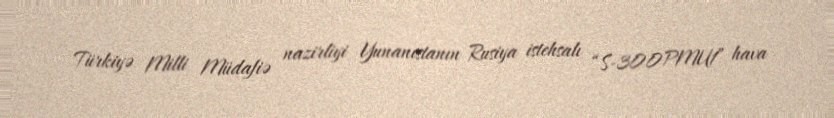
Türkiyə Milli Müdafiə nazirliyi Yunanıstanın Rusiya istehsalı “S-300PMU1” hava